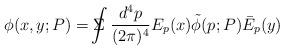
LaTeX: \begin{align*}\phi(x, y; P) = \Sigma \!\!\!\!\!\! \int \frac{d^4p}{(2 \pi)^4} E_p(x) \tilde{\phi}(p; P) \bar{E}_p(y)\end{align*}